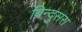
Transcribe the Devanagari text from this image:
बिन्दुसरा